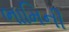
ભામિની